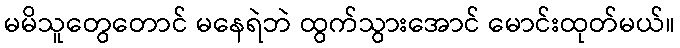
မမိသူတွေတောင် မနေရဲဘဲ ထွက်သွားအောင် မောင်းထုတ်မယ်။